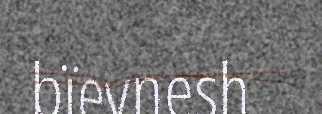
bïevnesh